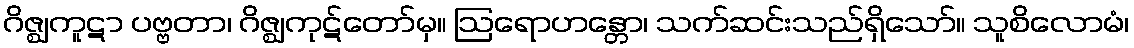
ဂိဇ္ဈကူဋာ ပဗ္ဗတာ၊ ဂိဇ္ဈကုဋ်တော်မှ။ ဩရောဟန္တော၊ သက်ဆင်းသည်ရှိသော်။ သူစိလောမံ၊